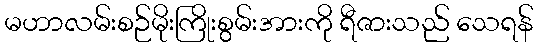
မဟာလမ်းစဉ်မိုးကြိုးစွမ်းအားကို ရီဇားသည် သေရန်